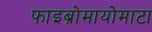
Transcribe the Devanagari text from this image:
फाइब्रोमायोमाटा